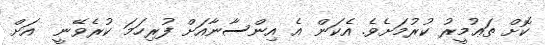
ކޮށް ތަޢުމީރު ކުރުމަށެވެ. އެކަން އެ އިންސާނާއަށް ފުރިހަމަ ކުރެވޭނީ  އަށް